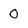
Character: 0